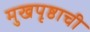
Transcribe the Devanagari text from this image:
मुखपृष्ठाची